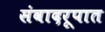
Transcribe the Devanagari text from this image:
संवादरूपात